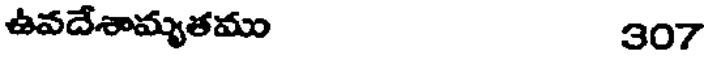
ఉవదేశామ్యతము 307